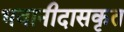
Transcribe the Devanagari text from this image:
भवानीदासकृत